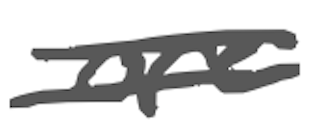
Text: are
Cross-out: double-line
Writing tool: digital_gray